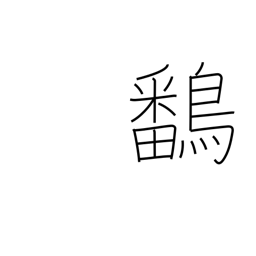
Meaning: gallinulle